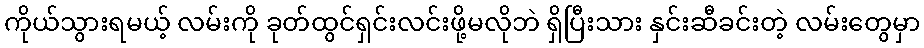
ကိုယ်သွားရမယ့် လမ်းကို ခုတ်ထွင်ရှင်းလင်းဖို့မလိုဘဲ ရှိပြီးသား နှင်းဆီခင်းတဲ့ လမ်းတွေမှာ